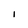
Character: I